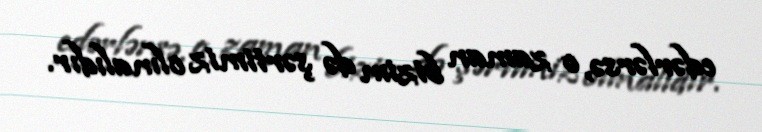
edərlərsə, o zaman bizim də şərtimiz olmalıdır.